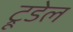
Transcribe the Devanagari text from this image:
ट्रूडेल